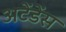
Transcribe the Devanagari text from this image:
अटेंडेंस